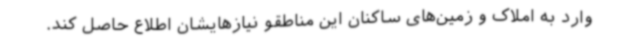
وارد به املاک و زمین‌های ساکنان این مناطقو نیازهایشان اطلاع حاصل کند.